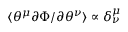
\langle \theta ^ { \mu } \partial \Phi / \partial \theta ^ { \nu } \rangle \propto \delta _ { \nu } ^ { \mu }